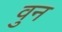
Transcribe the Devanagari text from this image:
वुन